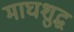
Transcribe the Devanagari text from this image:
माघशुद्ध